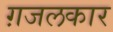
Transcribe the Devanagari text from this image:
ग़जलकार